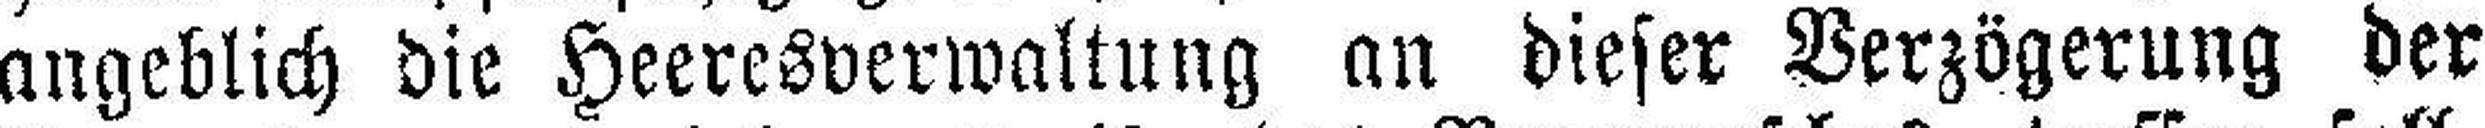
angeblich die Heeresverwaltung an dieser Verzögerung der